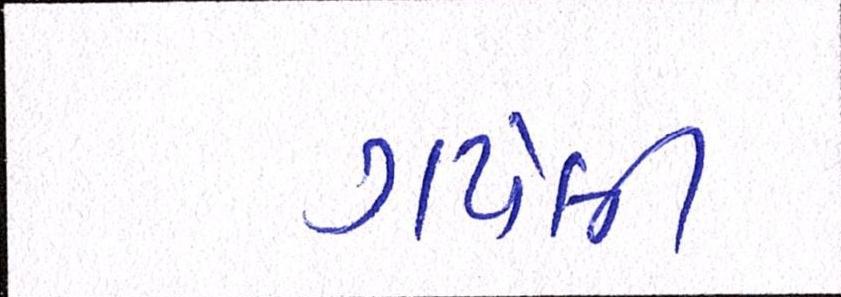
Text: ગયેલી